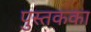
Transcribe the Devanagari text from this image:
पुस्तकका